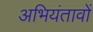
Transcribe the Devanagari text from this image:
अभियंतावों